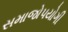
સમાજોપયોગી